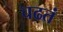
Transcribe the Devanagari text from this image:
चढतं